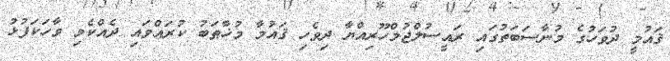
ޤައުމީ ދުވަހުގެ މުނާސަބަތުގައި ރައީސުލްޖުމްހޫރިއްޔާ ދިވެހި ޤައުމާ މުޚާޠަބު ކުރައްވައި ދެއްކެވި ވާހަކަފުޅު